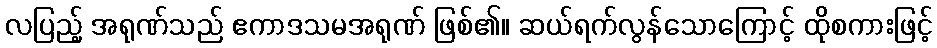
လပြည့် အရုဏ်သည် ဧကာဒသမအရုဏ် ဖြစ်၏။ ဆယ်ရက်လွန်သောကြောင့် ထိုစကားဖြင့်